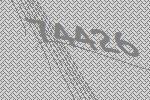
74426